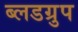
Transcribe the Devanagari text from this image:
ब्लडग्रुप